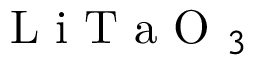
\mathrm { ~ L ~ i ~ T ~ a ~ O ~ } _ { 3 }